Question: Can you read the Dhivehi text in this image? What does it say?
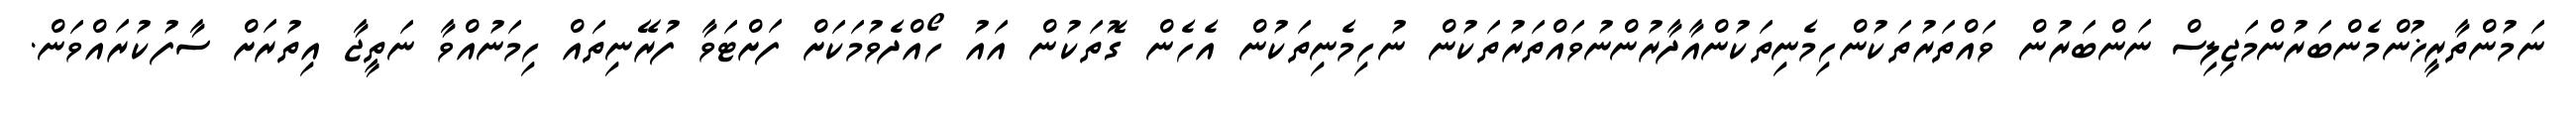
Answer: ނަމުންތާރީޚުންމެންބަރުންމަޖިލިސް ނަންބަރުން ވައްތަރުތަކުންހިމެނިތަކުންއާދާރުންނުވައްތަރުތަކުން ނުހިމެނިތަކުން އެހެން ގޮތަކުން އައު ހޯއްދެވުމަކަށް ފަށްޓަވާ ފުރޭނިތައް ހިމަނުއްވާ ނަތީޖާ އިތުރަށް ސާފުކުރައްވަން.